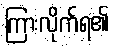
ကြားလိုက်ရ၏